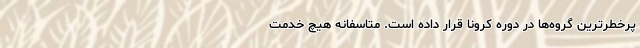
پرخطرترین گروه‌ها در دوره کرونا قرار داده است. متاسفانه هیچ خدمت